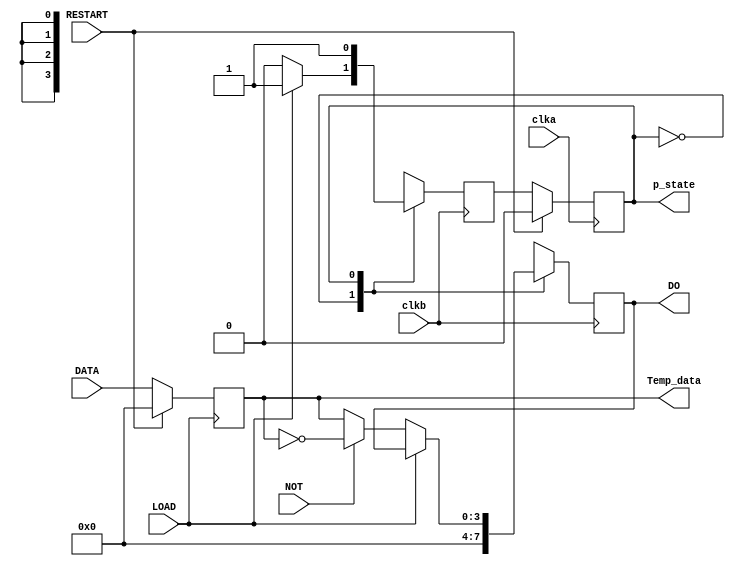
module FSM_DATA1(clka, clkb, Temp_data,
             RESTART, LOAD, NOT,
             DATA, p_state, DO 
             );
parameter DATA_DEPTH = 3;   
  
input clka, clkb, RESTART, LOAD, NOT; //clock signal and some control signal
input [DATA_DEPTH:0] DATA;//input data

output reg [DATA_DEPTH:0] DO; //output data
output reg p_state; //output present state

reg n_state; //next state

output reg [DATA_DEPTH:0] Temp_data; //temp register

parameter RESET_STATE = 0, LOAD_STATE = 1; //state parameters
/*sequential logic*/
always @ (posedge clka)
begin 
    if(RESTART)
        p_state <= RESET_STATE;
    else
        p_state <= n_state;
end
/*combinational logic*/
always @ (posedge clkb)
begin
    n_state = p_state;
    case (p_state)
        RESET_STATE: begin //reset state
            DO = 4'b0000;  //output data clear
            if(!LOAD)
                n_state = RESET_STATE;               
            else
                n_state = LOAD_STATE;
        end
        
        LOAD_STATE: begin //load state
            if(LOAD)begin //if LOAD = 1, keeps in this state
                n_state = LOAD_STATE;
                DO = DO; //output data keeps previous value
            end
            else //if load = 0
                begin
                    if(NOT) //if NOT = 1
				       begin 
					       DO = ~ Temp_data;//inverse and output data from temp registers
						   n_state = LOAD_STATE; //next sate is LOAD_STATE
					   end
                    else 
					   begin //othervise output previous value
						   DO = Temp_data;//output data from temp registers
						   n_state = LOAD_STATE; //next sate is LOAD_STATE
					end
             end   
        end
                  
		default: n_state = RESET_STATE;	//default next state is RESET
                                        //prevent unsafe latch	  
    endcase
end
/*data LOADED in stage*/
always @ (posedge LOAD)//when posedge LOAD
	begin
		if(RESTART) //if reset
			Temp_data <= 0; //output 0, clear
		else
			Temp_data <= DATA; //LOAD in put DATA into temp register
	end
endmodule